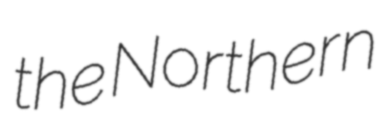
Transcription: the Northern